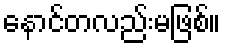
နောင်တလည်းမဖြစ်။